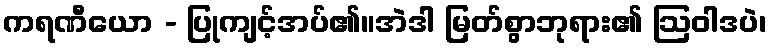
ကရဏီယော - ပြုကျင့်အပ်၏။အဲဒါ မြတ်စွာဘုရား၏ ဩဝါဒပဲ၊